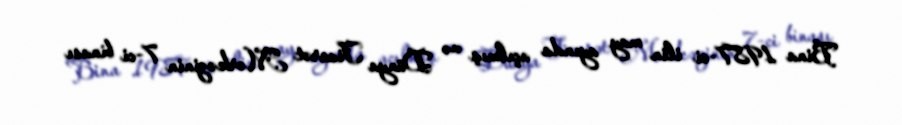
Bina 1987-ci ilin may ayında açılmış və Dünya Ticarət Mərkəzinin 7-ci binası